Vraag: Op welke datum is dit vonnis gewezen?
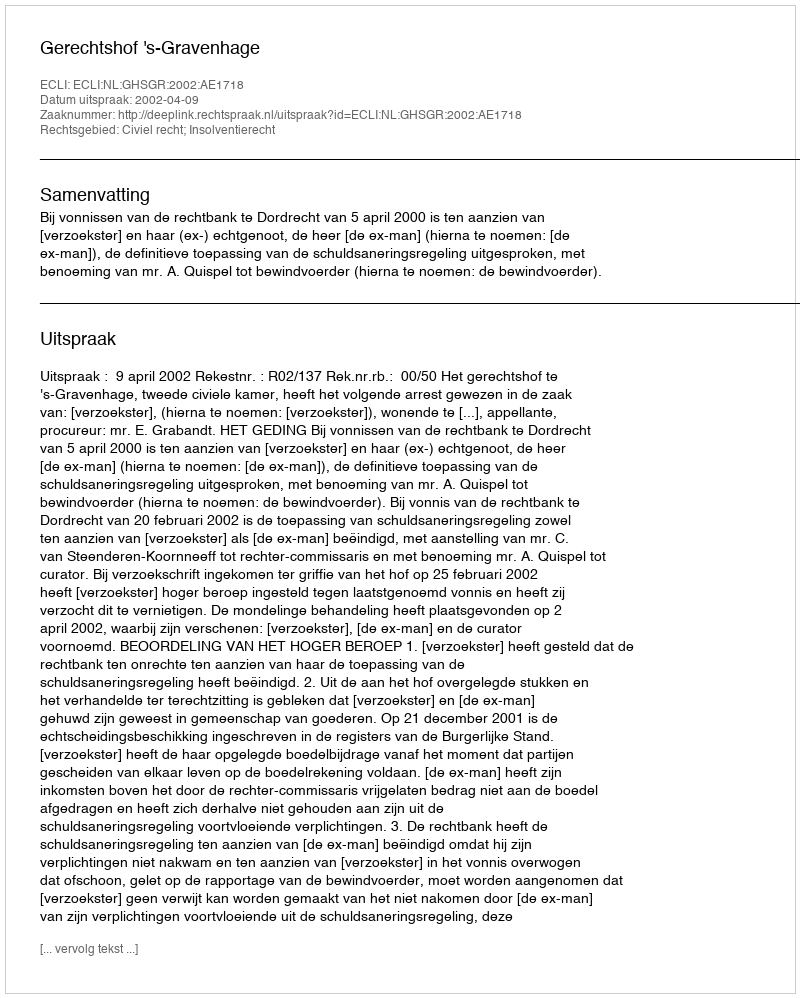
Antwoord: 2002-04-09